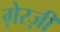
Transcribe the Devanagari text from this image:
ग़ेरज़ी